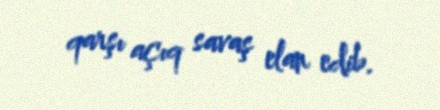
qarşı açıq savaş elan edib.